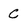
Character: C